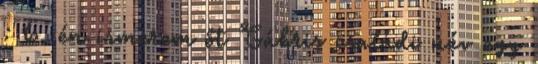
: 6. én ismerem őt Gábris családi név egy